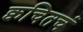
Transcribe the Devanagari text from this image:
क्वचितचं